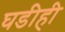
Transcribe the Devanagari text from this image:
घडीही